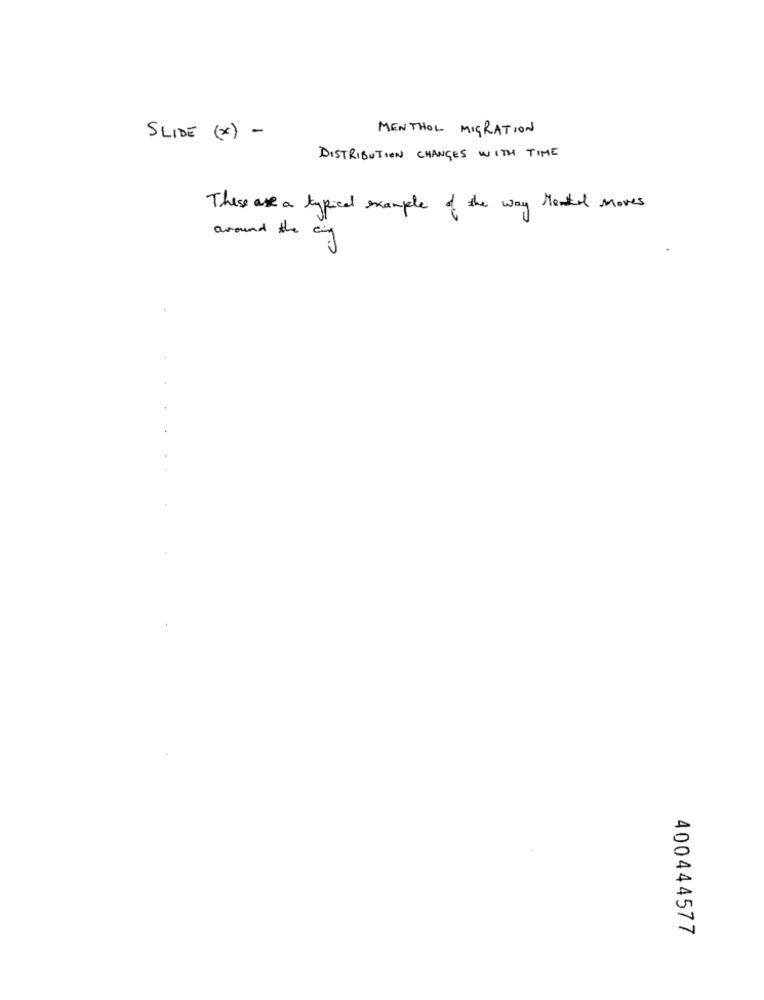
MENTHOL MIGRATION
SLIDE (x) -
DISTRIBUTION CHANGES WITH TIME
These are a typical example of the way Mental Moves
around the city
.
400444577